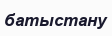
батыстану